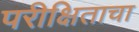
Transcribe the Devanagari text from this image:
परीक्षिताचा